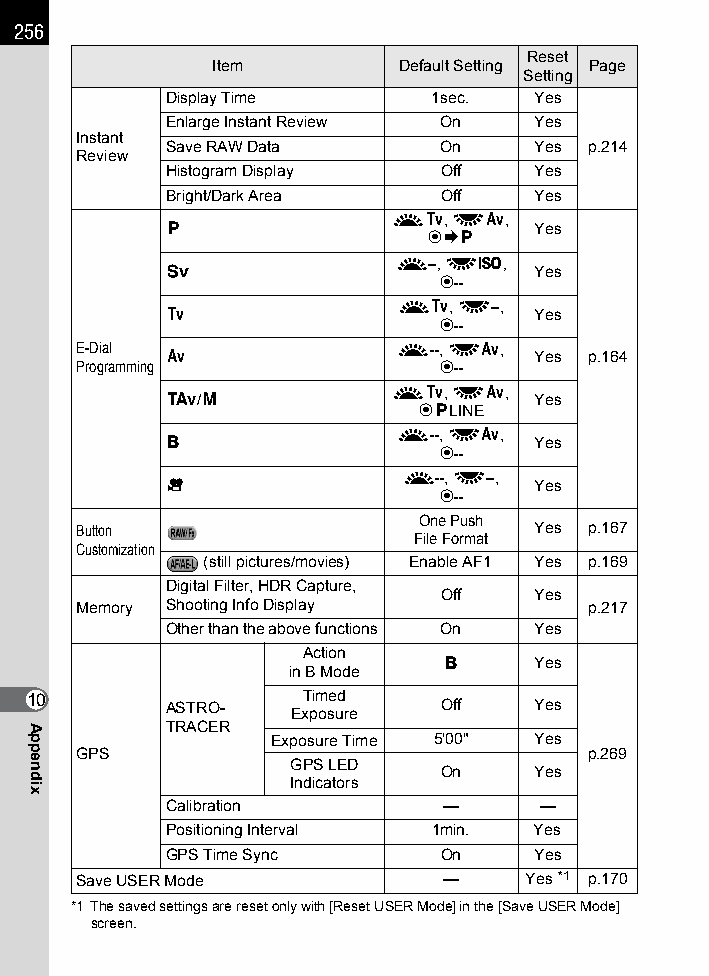
256
 Reset
 Item        Default Setting Page
 Setting
 Display Time     1sec.  Yes
 Enlarge Instant Review On Yes
 Instant
 Save RAW Data     On    Yes p.214
 Review
 Histogram Display Off   Yes
 Bright/Dark Area  Off   Yes
 Rb, Sc,
 e                       Yes
 |}e
 R--, So,
 K                       Yes
 |--
 Rb, S--,
 b                       Yes
 |--
 E-Dial               R--, Sc,
 c                       Yes p.164
 Programming             |--
 Rb, Sc,
 L/a                     Yes
 |eLINE
 R--, Sc,
 p                       Yes
 |--
 R--, S--,
 C                       Yes
 |--
 One Push
 Button                        Yes p.167
 File Format
 Customization
 (still pictures/movies) Enable AF1 Yes p.169
 Digital Filter, HDR Capture,
 Off   Yes
 Memory Shooting Info Display      p.217
 Other than the above functions On Yes
 Action
 p     Yes
 in B Mode
 10       ASTRO-  ExT pim ose ud r e Off Yes
 TRACER
 Exposure Time 5'00" Yes
 GPS                               p.269
 GPS LED
 On    Yes
 Indicators
 Calibration       —      —
 Positioning Interval 1min. Yes
 GPS Time Sync     On    Yes
 Save USER Mode          —     Yes *1 p.170
 *1 The saved settings are reset only with [Reset USER Mode] in the [Save USER Mode]
 screen.
 Appendix